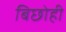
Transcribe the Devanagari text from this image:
बिछोही